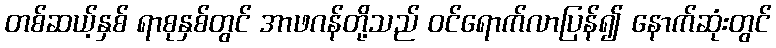
တစ်ဆယ့်နှစ် ရာစုနှစ်တွင် အာဖဂန်တို့သည် ဝင်ရောက်လာပြန်၍ နောက်ဆုံးတွင်